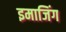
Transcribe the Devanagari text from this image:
इमाजिंग